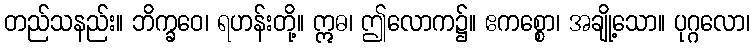
တည်သနည်း။ ဘိက္ခဝေ၊ ရဟန်းတို့။ ဣဓ၊ ဤလောက၌။ ဧကစ္စော၊ အချို့သော။ ပုဂ္ဂလော၊